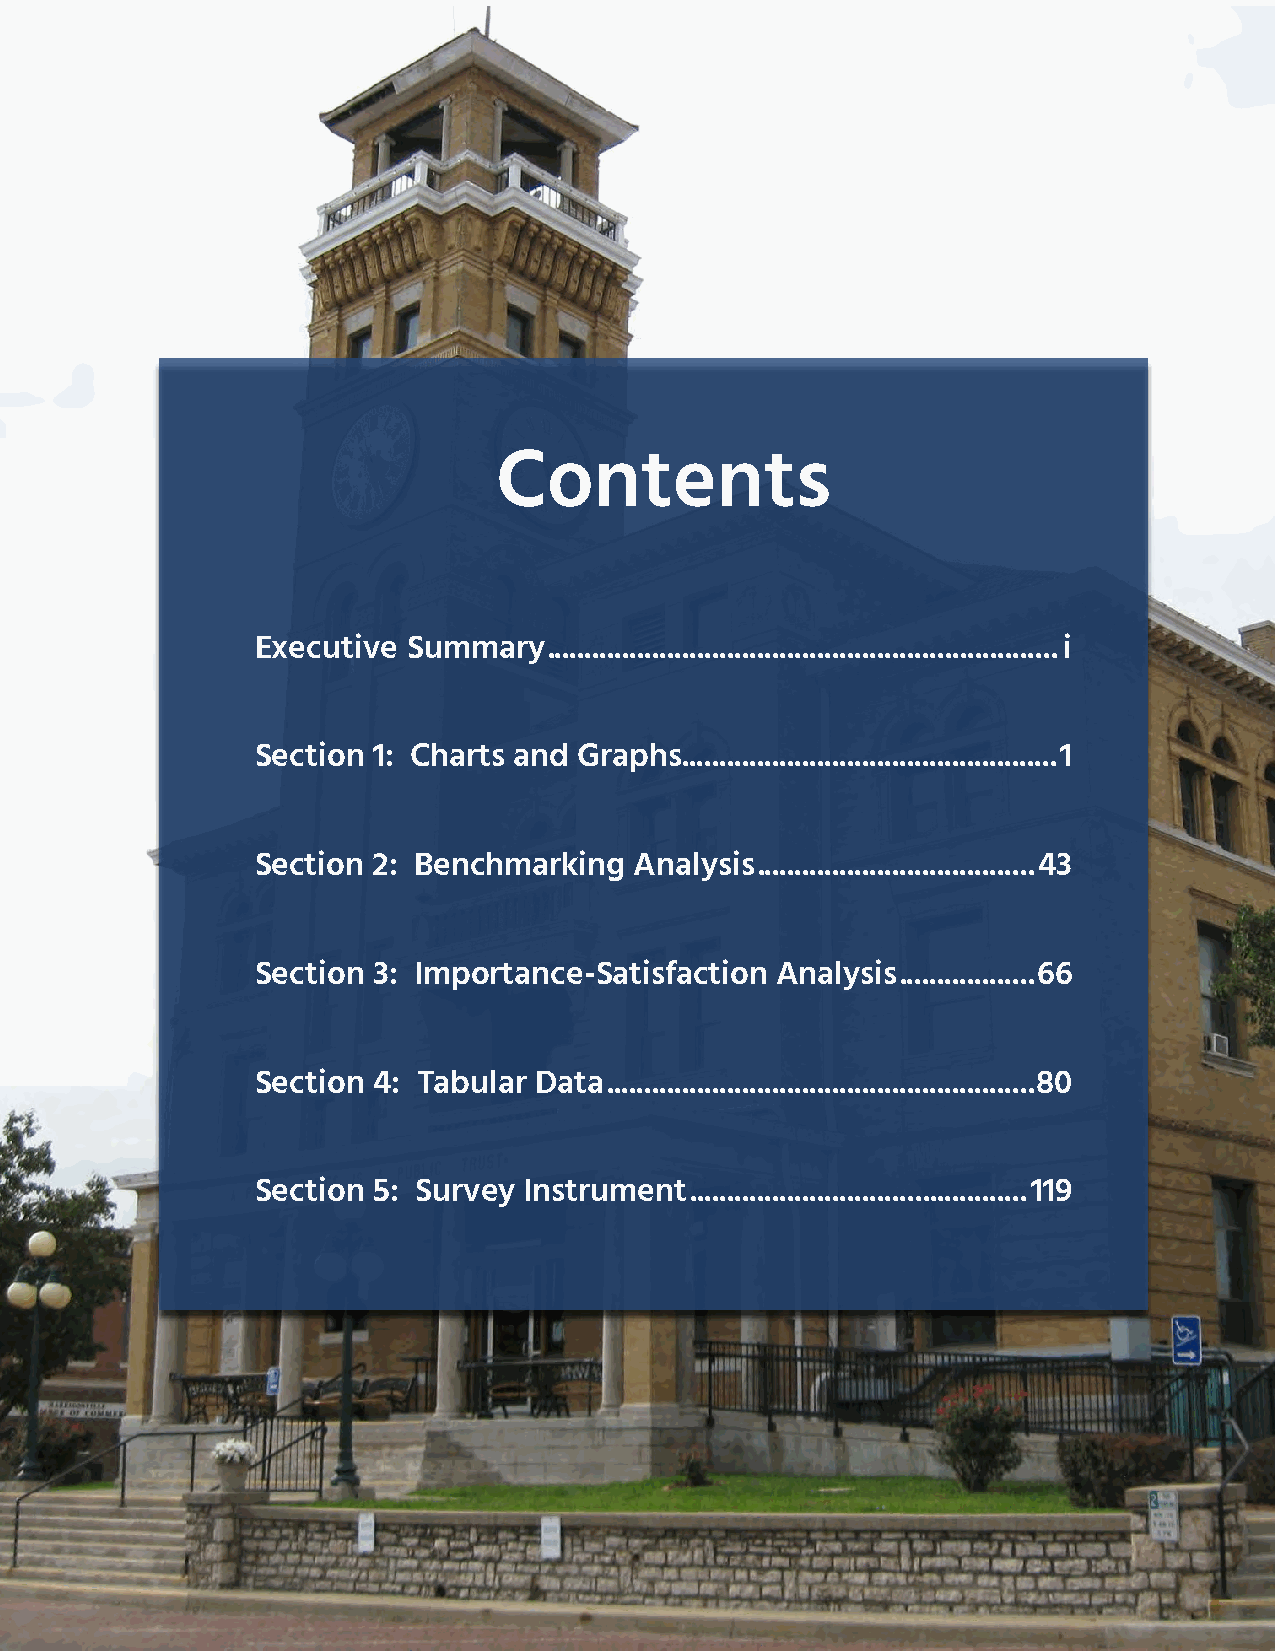
Contents
 Executive Summary  .................................................................... i
 Section 1: Charts and Graphs .................................................. 1
 Section 2: Benchmarking  Analysis ..................................... 43
 Section 3: Importance-Satisfaction Analysis .................. 66
 Section 4: Tabular Data ......................................................... 80
 Section 5: Survey Instrument ............................................. 119